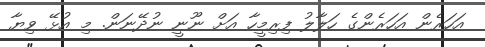
އަހަރެން އަހަރެންގެ ހަލާލު ފިރިމީހާ އަށް ނޫނީ ނުދޭނަން. މި އުޅޭ ވިޔާ